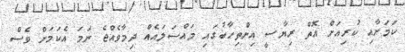
ކަމަށާއި ކުރިއަށް އޮތް ރިޔާސީ އިންތިހާބުގައި މައްސަލައެއް ދިމާވެއްޖެ ނަމަ އެކަމަށް ވެސް